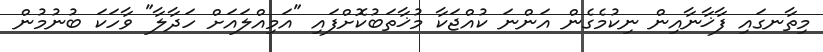
މިތާނގައި ފާޚާނާއިން ނިކުމެގެން އަންނަ ކުއްޖަކާ މުޚާތަބުކޮށްފައި "އަމިއްލައަށް ހަދާލާ" ވާހަކަ ބުނުމުން